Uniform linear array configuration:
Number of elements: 64
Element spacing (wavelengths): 0.5
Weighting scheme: uniform
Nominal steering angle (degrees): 0
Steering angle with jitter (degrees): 0.7937
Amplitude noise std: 0.05
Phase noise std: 0.05

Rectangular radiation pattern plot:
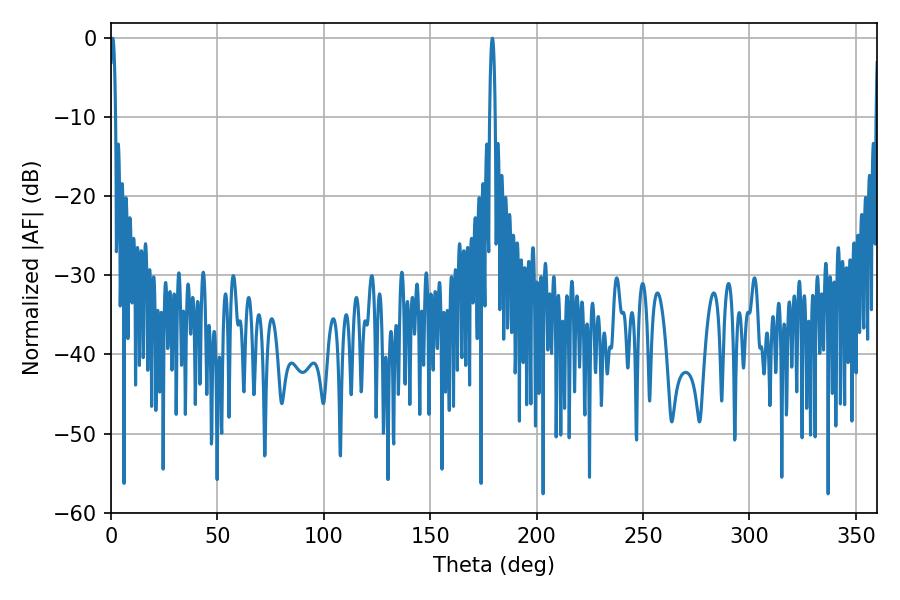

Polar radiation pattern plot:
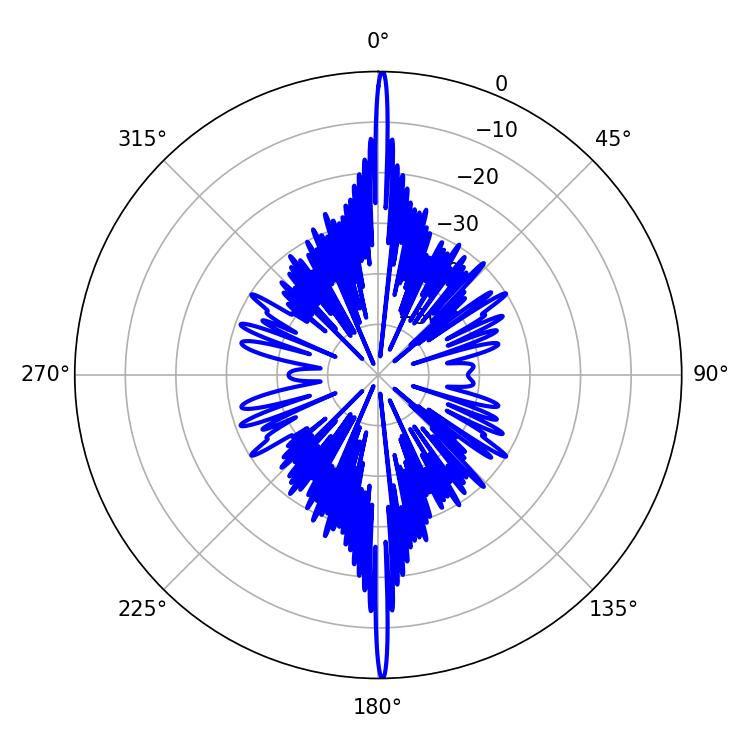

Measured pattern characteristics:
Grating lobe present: FALSE
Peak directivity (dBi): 34.14
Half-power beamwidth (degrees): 1.26
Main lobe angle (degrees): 0.72